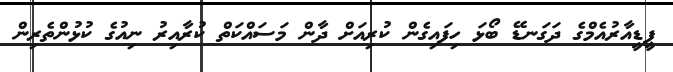
ޕީޑީއާރުއެމްގެ ދަގަނޑޭ ބޯޅަ ހިފައިގެން ކުރިއަށް ދާން މަސައްކަތް ކުރާއިރު ނިއުގެ ކުޅުންތެރިން